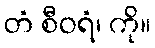
တံ စီဝရံ၊ ကို။